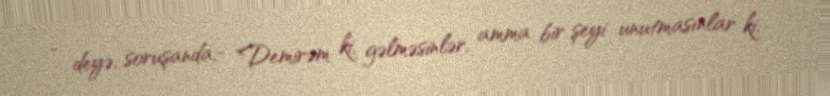
- deyə, soruşanda,- "Demirəm ki, gəlməsinlər, amma bir şeyi unutmasınlar ki,